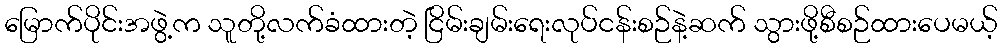
မြောက်ပိုင်းအဖွဲ့က သူတို့လက်ခံထားတဲ့ ငြိမ်းချမ်းရေးလုပ်ငန်းစဉ်နဲ့ဆက် သွားဖို့စီစဉ်ထားပေမယ့်